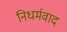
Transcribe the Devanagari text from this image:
निधर्मवाद